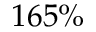
1 6 5 \%